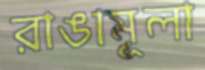
রাঙামূলা